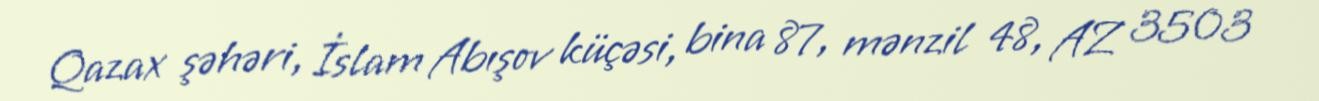
Qazax şəhəri, İslam Abışov küçəsi, bina 87, mənzil 48, AZ 3503